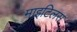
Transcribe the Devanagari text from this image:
माइटिलस